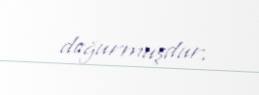
doğurmuşdur.